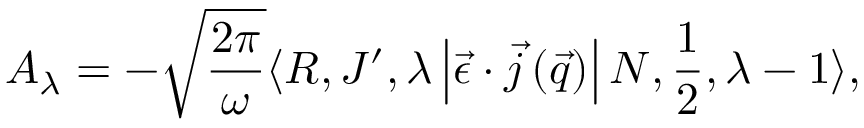
A _ { \lambda } = - \sqrt { \frac { 2 \pi } { \omega } } \langle R , J ^ { \prime } , \lambda \left| \vec { \epsilon } \cdot \vec { j } \left( \vec { q } \right) \right| N , \frac { 1 } { 2 } , \lambda - 1 \rangle ,